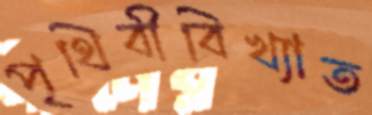
পৃথিবীবিখ্যাত